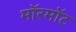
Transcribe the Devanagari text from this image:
मॉरमॉट